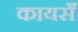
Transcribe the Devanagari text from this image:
कायसँ